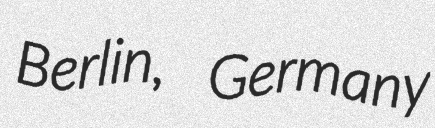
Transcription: Berlin, Germany